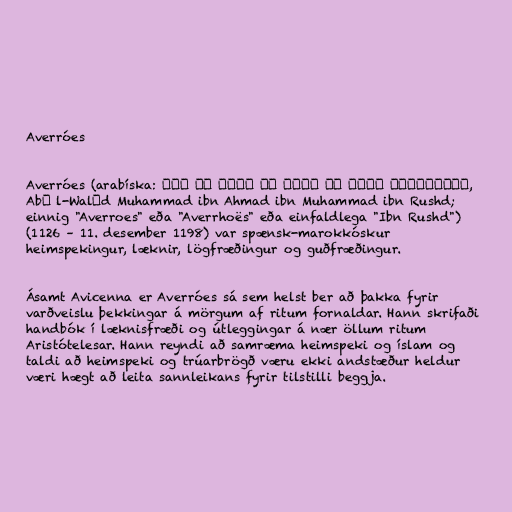
Averróes

Averróes (arabíska: ابوالوليد محمد بن احمد بن محمد بن رشد,
Abū l-Walīd Muhammad ibn Ahmad ibn Muhammad ibn Rushd;
einnig "Averroes" eða "Averrhoës" eða einfaldlega "Ibn Rushd")
(1126 – 11. desember 1198) var spænsk-marokkóskur
heimspekingur, læknir, lögfræðingur og guðfræðingur.

Ásamt Avicenna er Averróes sá sem helst ber að þakka fyrir
varðveislu þekkingar á mörgum af ritum fornaldar. Hann skrifaði
handbók í læknisfræði og útleggingar á nær öllum ritum
Aristótelesar. Hann reyndi að samræma heimspeki og íslam og
taldi að heimspeki og trúarbrögð væru ekki andstæður heldur
væri hægt að leita sannleikans fyrir tilstilli beggja.